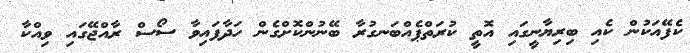
ކެފޭއަކުން ކެއި ބިރިޔާނީގައި އޮތީ ކުރަތްޕެއްބަނގުރާ ބޭނުންކޮށްގެން ހަދާފައިވާ ސޯސް ރާއްޖޭގައި ވިއްކާ